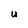
Character: U